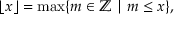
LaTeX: \lfloor x \rfloor = \operatorname* { m a x } \{ m \in \mathbb { Z } \mid m \leq x \} ,